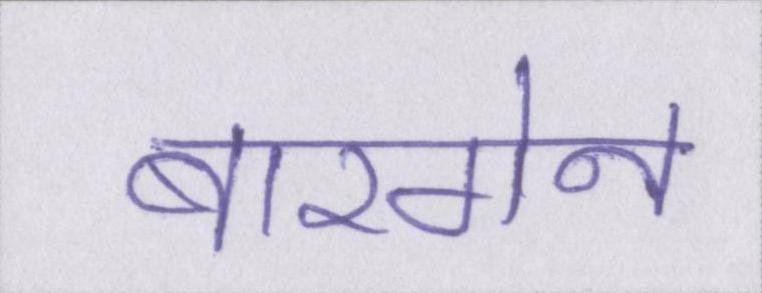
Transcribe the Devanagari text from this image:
बारगेन